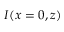
I ( x = 0 , z )